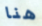
هنا